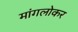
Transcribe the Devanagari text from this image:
मांगलोकर